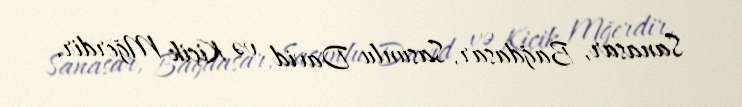
Sanasar, Bağdasar, Sasunlu David və Kiçik Mğerdir.